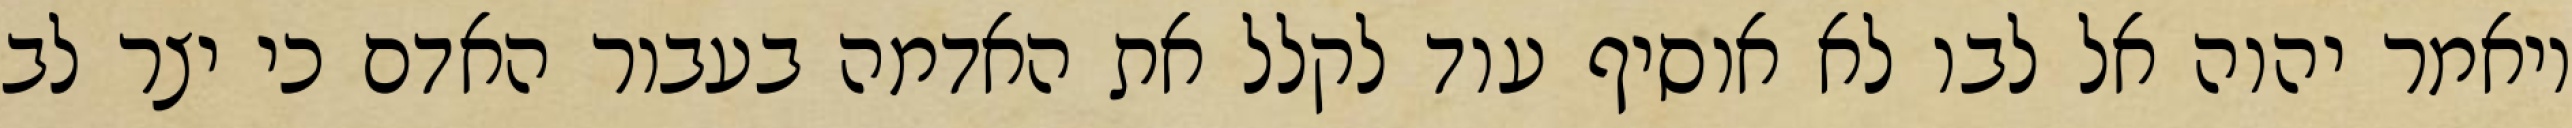
ויאמר יהוה אל לבו לא אוסיף עוד לקלל את האדמה בעבור האדם כי יצר לב